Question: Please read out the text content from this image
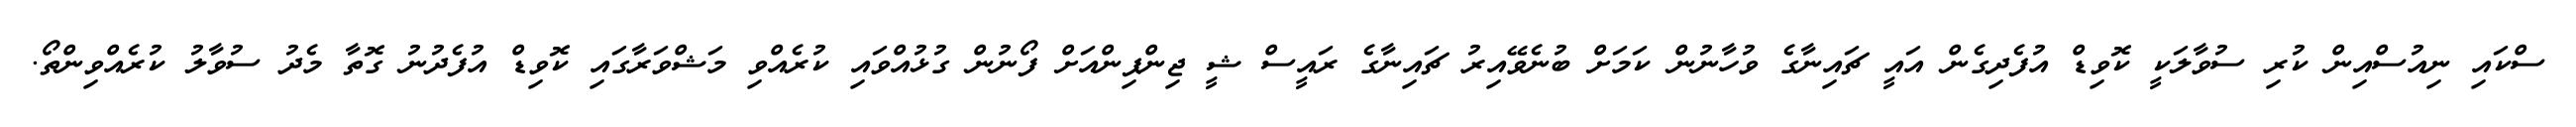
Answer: ސްކައި ނިއުސްއިން ކުރި ސުވާލަކީ ކޮވިޑް އުފެދިގެން އައީ ޗައިނާގެ ވުހާނުން ކަމަށް ބުނެވޭއިރު ޗައިނާގެ ރައީސް ޝީ ޖިންޕިންއަށް ފޯނުން ގުޅުއްވައި ކުރެއްވި މަޝްވަރާގައި ކޮވިޑް އުފެދުނު ގޮތާ މެދު ސުވާލު ކުރެއްވިންތޯ.